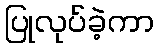
ပြုလုပ်ခဲ့ကာ